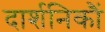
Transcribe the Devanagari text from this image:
दार्शनिकौं